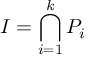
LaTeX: I = \bigcap _ { i = 1 } ^ { k } P _ { i }